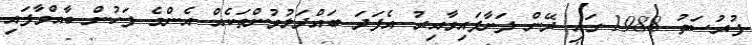
ފުރުސަތު 1988 ގައި ދޭން ފަށާފައިވާއިރު އެފަދަ ބައްދަލުވުންތަކެއް އެންމެ ފަހުން ބާއްވާފައި